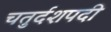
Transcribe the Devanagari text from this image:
चतुर्दशपदी